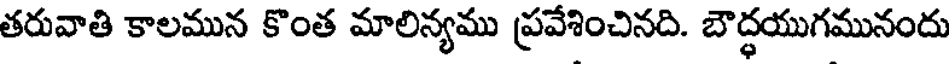
తరువాతి కాలమున కొంత మాలిన్యము ప్రవేశించినది. బౌద్ధయుగమునందు